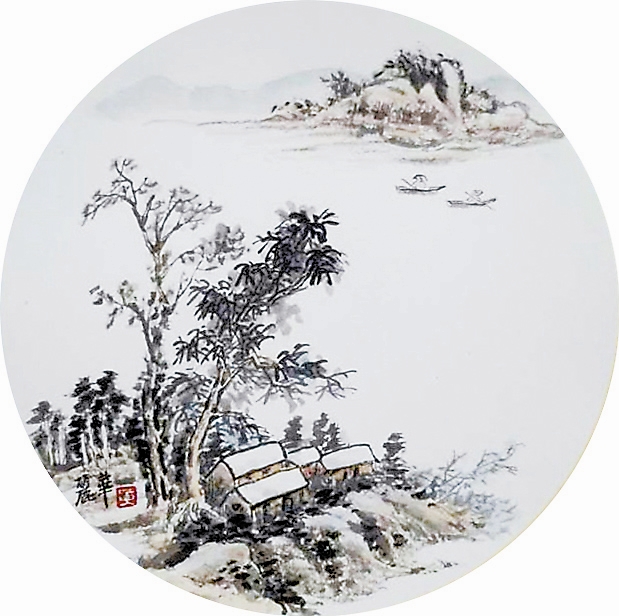
强携酒小桥宅，怕梨花落尽成秋色。